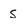
Character: s